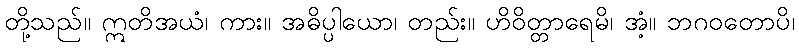
တို့သည်။ ဣတိအယံ၊ ကား။ အဓိပ္ပါယော၊ တည်း။ ဟိဝိတ္တာရေမိ၊ အံ့။ ဘဂဝတောပိ၊